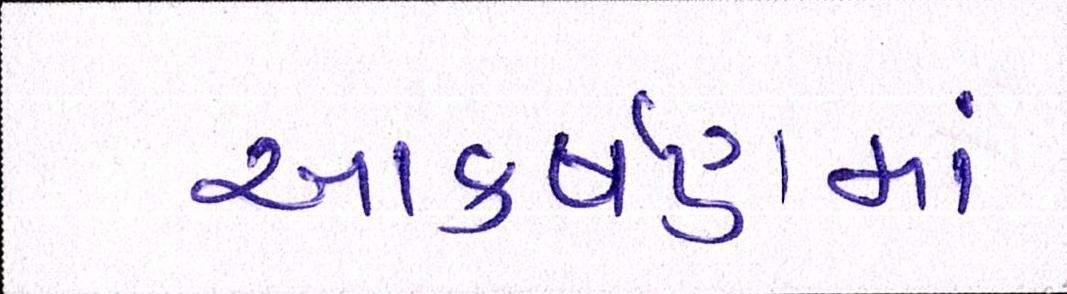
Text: આકર્ષણમાં